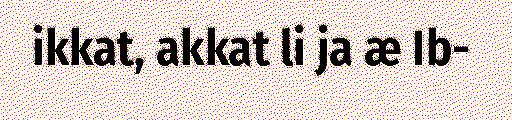
ikkat, akkat li ja æ Ib-